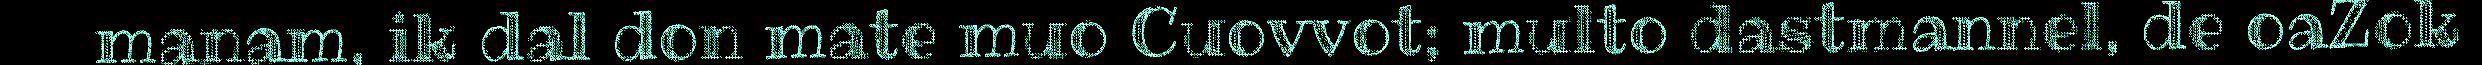
manam, ik dal don mate muo Cuovvot; multo dastmannel, de oaZok